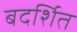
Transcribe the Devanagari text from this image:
बदर्शित